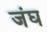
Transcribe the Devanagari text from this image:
जंघ